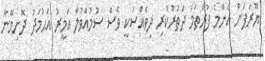
ޔޫރަޕަށް އެންމެ ފުރަތަމަ ދަތުރުކުރި ދިވެއްސަކީ ވެސް ސުމުއްވުލް އަމީރު އަޙުމަދު ދޮށިމޭނާ